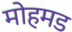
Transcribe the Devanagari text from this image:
मोहमड